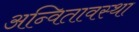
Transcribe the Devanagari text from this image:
अन्वितावस्था